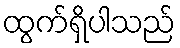
ထွက်ရှိပါသည်